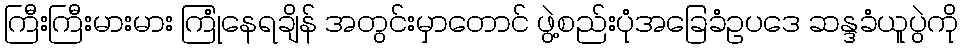
ကြီးကြီးမားမား ကြုံနေရချိန် အတွင်းမှာတောင် ဖွဲ့စည်းပုံအခြေခံဥပဒေ ဆန္ဒခံယူပွဲကို